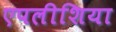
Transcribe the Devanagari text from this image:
एपलीशिया